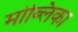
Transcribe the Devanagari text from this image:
मोब्लिका